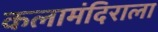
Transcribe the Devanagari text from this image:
कलामंदिराला